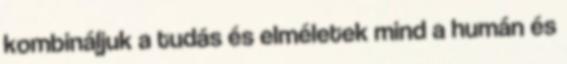
kombináljuk a tudás és elméletek mind a humán és